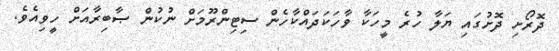
ދޮރޯށި ދޮށުގައި ޔަލާ ހުރެ މީހަކާ ވާހަކަދައްކާހެން ސިޓިންރޫމަށް ނުކުން ޞާބިރާއަށް ހީވިއެވެ.